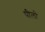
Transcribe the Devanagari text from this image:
पीलो